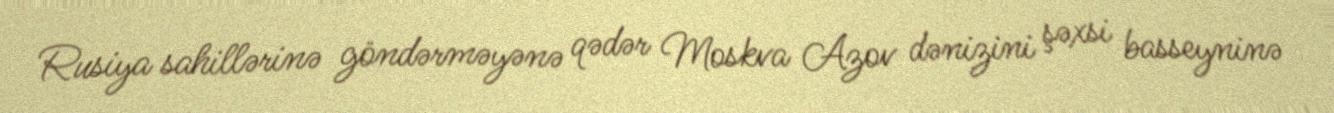
Rusiya sahillərinə göndərməyənə qədər Moskva Azov dənizini şəxsi basseyninə